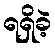
ရရှိခဲ့